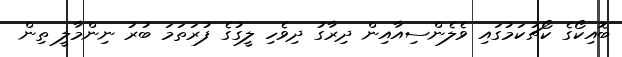
ބޮއިކޯގެ ކޯޗުކަމުގައި ވެލެންސިއާއިން ދިރާގު ދިވެހި ލީގުގެ ފުރަތަމަ ބުރު ނިންމާލީ ތިން